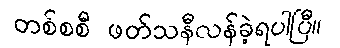
တစ်စစီ ဖတ်သနီလန်ခဲ့ရပါပြီ။